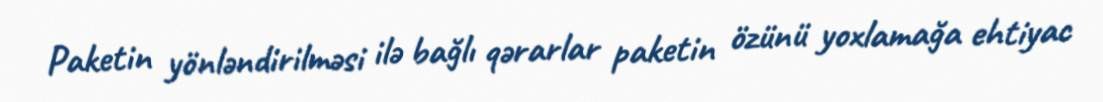
Paketin yönləndirilməsi ilə bağlı qərarlar paketin özünü yoxlamağa ehtiyac